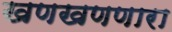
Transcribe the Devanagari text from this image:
खणखणणारा